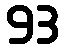
93